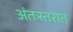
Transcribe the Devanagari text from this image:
अंतःस्तरात